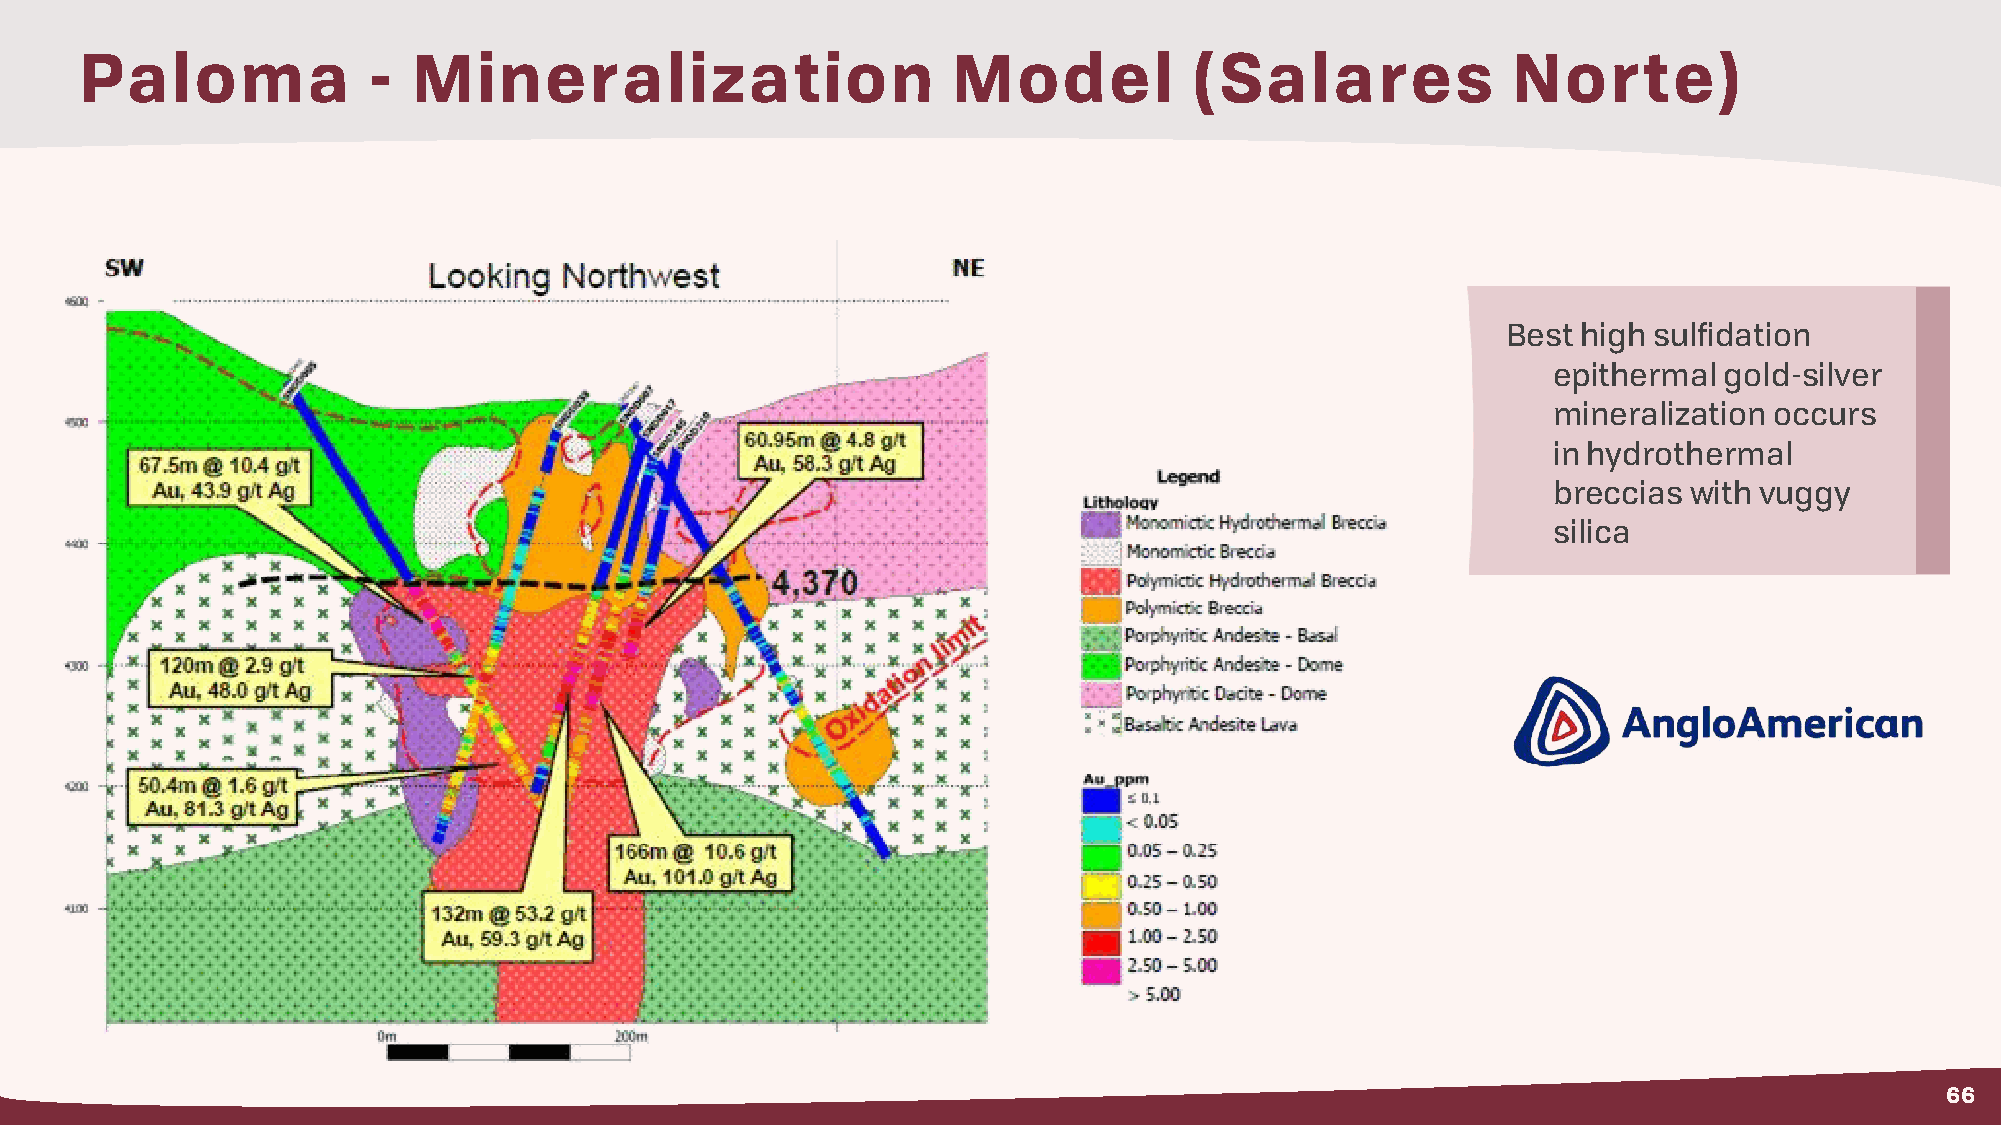
Paloma             -  Mineralization                      Model           (Salares             Norte)
 Best high sulfidation
 epithermal gold-silver
 mineralization occurs
 in hydrothermal
 breccias with vuggy
 silica
 66